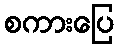
စကားပြေ